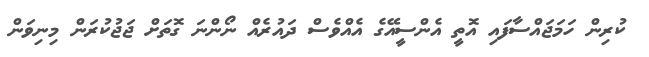
ކުރިން ހަމަޖައްސާފައި އޮތީ އެންސީއޭގެ އެއްވެސް ދައުރެއް ނޯންނަ ގޮތަށް ޖަޖުކުރަން މިނިވަން